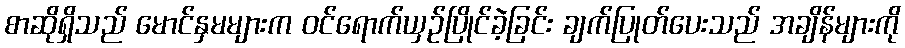
စာဆိုရှိသည် မောင်နှမများက ဝင်ရောက်ယှဉ်ပြိုင်ခဲ့ခြင်း ချက်ပြုတ်ပေးသည် အချိန်များကို